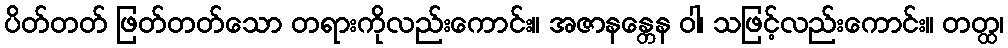
ပိတ်တတ် ဖြတ်တတ်သော တရားကိုလည်းကောင်း။ အဇာနန္တေန ဝါ၊ သဖြင့်လည်းကောင်း။ တတ္ထ၊